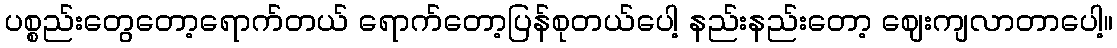
ပစ္စည်းတွေတော့ရောက်တယ် ရောက်တော့ပြန်စုတယ်ပေါ့ နည်းနည်းတော့ ဈေးကျလာတာပေါ့။